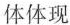
体体现